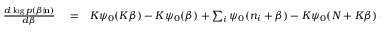
\begin{array} { r l r } { \frac { d \log p ( \beta | { \bf n } ) } { d \beta } } & { { } = } & { K \psi _ { 0 } ( K \beta ) - K \psi _ { 0 } ( \beta ) + \sum _ { i } \psi _ { 0 } ( n _ { i } + \beta ) - K \psi _ { 0 } ( N + K \beta ) + \frac { 1 } { \frac { d \overline { { S } } } { d \beta } } \frac { d ^ { 2 } \overline { { S } } } { d \beta ^ { 2 } } = } \end{array}